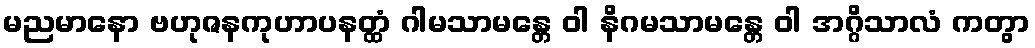
မညမာနော ဗဟုဇနကုဟာပနတ္ထံ ဂါမသာမန္တေ ဝါ နိဂမသာမန္တေ ဝါ အဂ္ဂိသာလံ ကတွာ